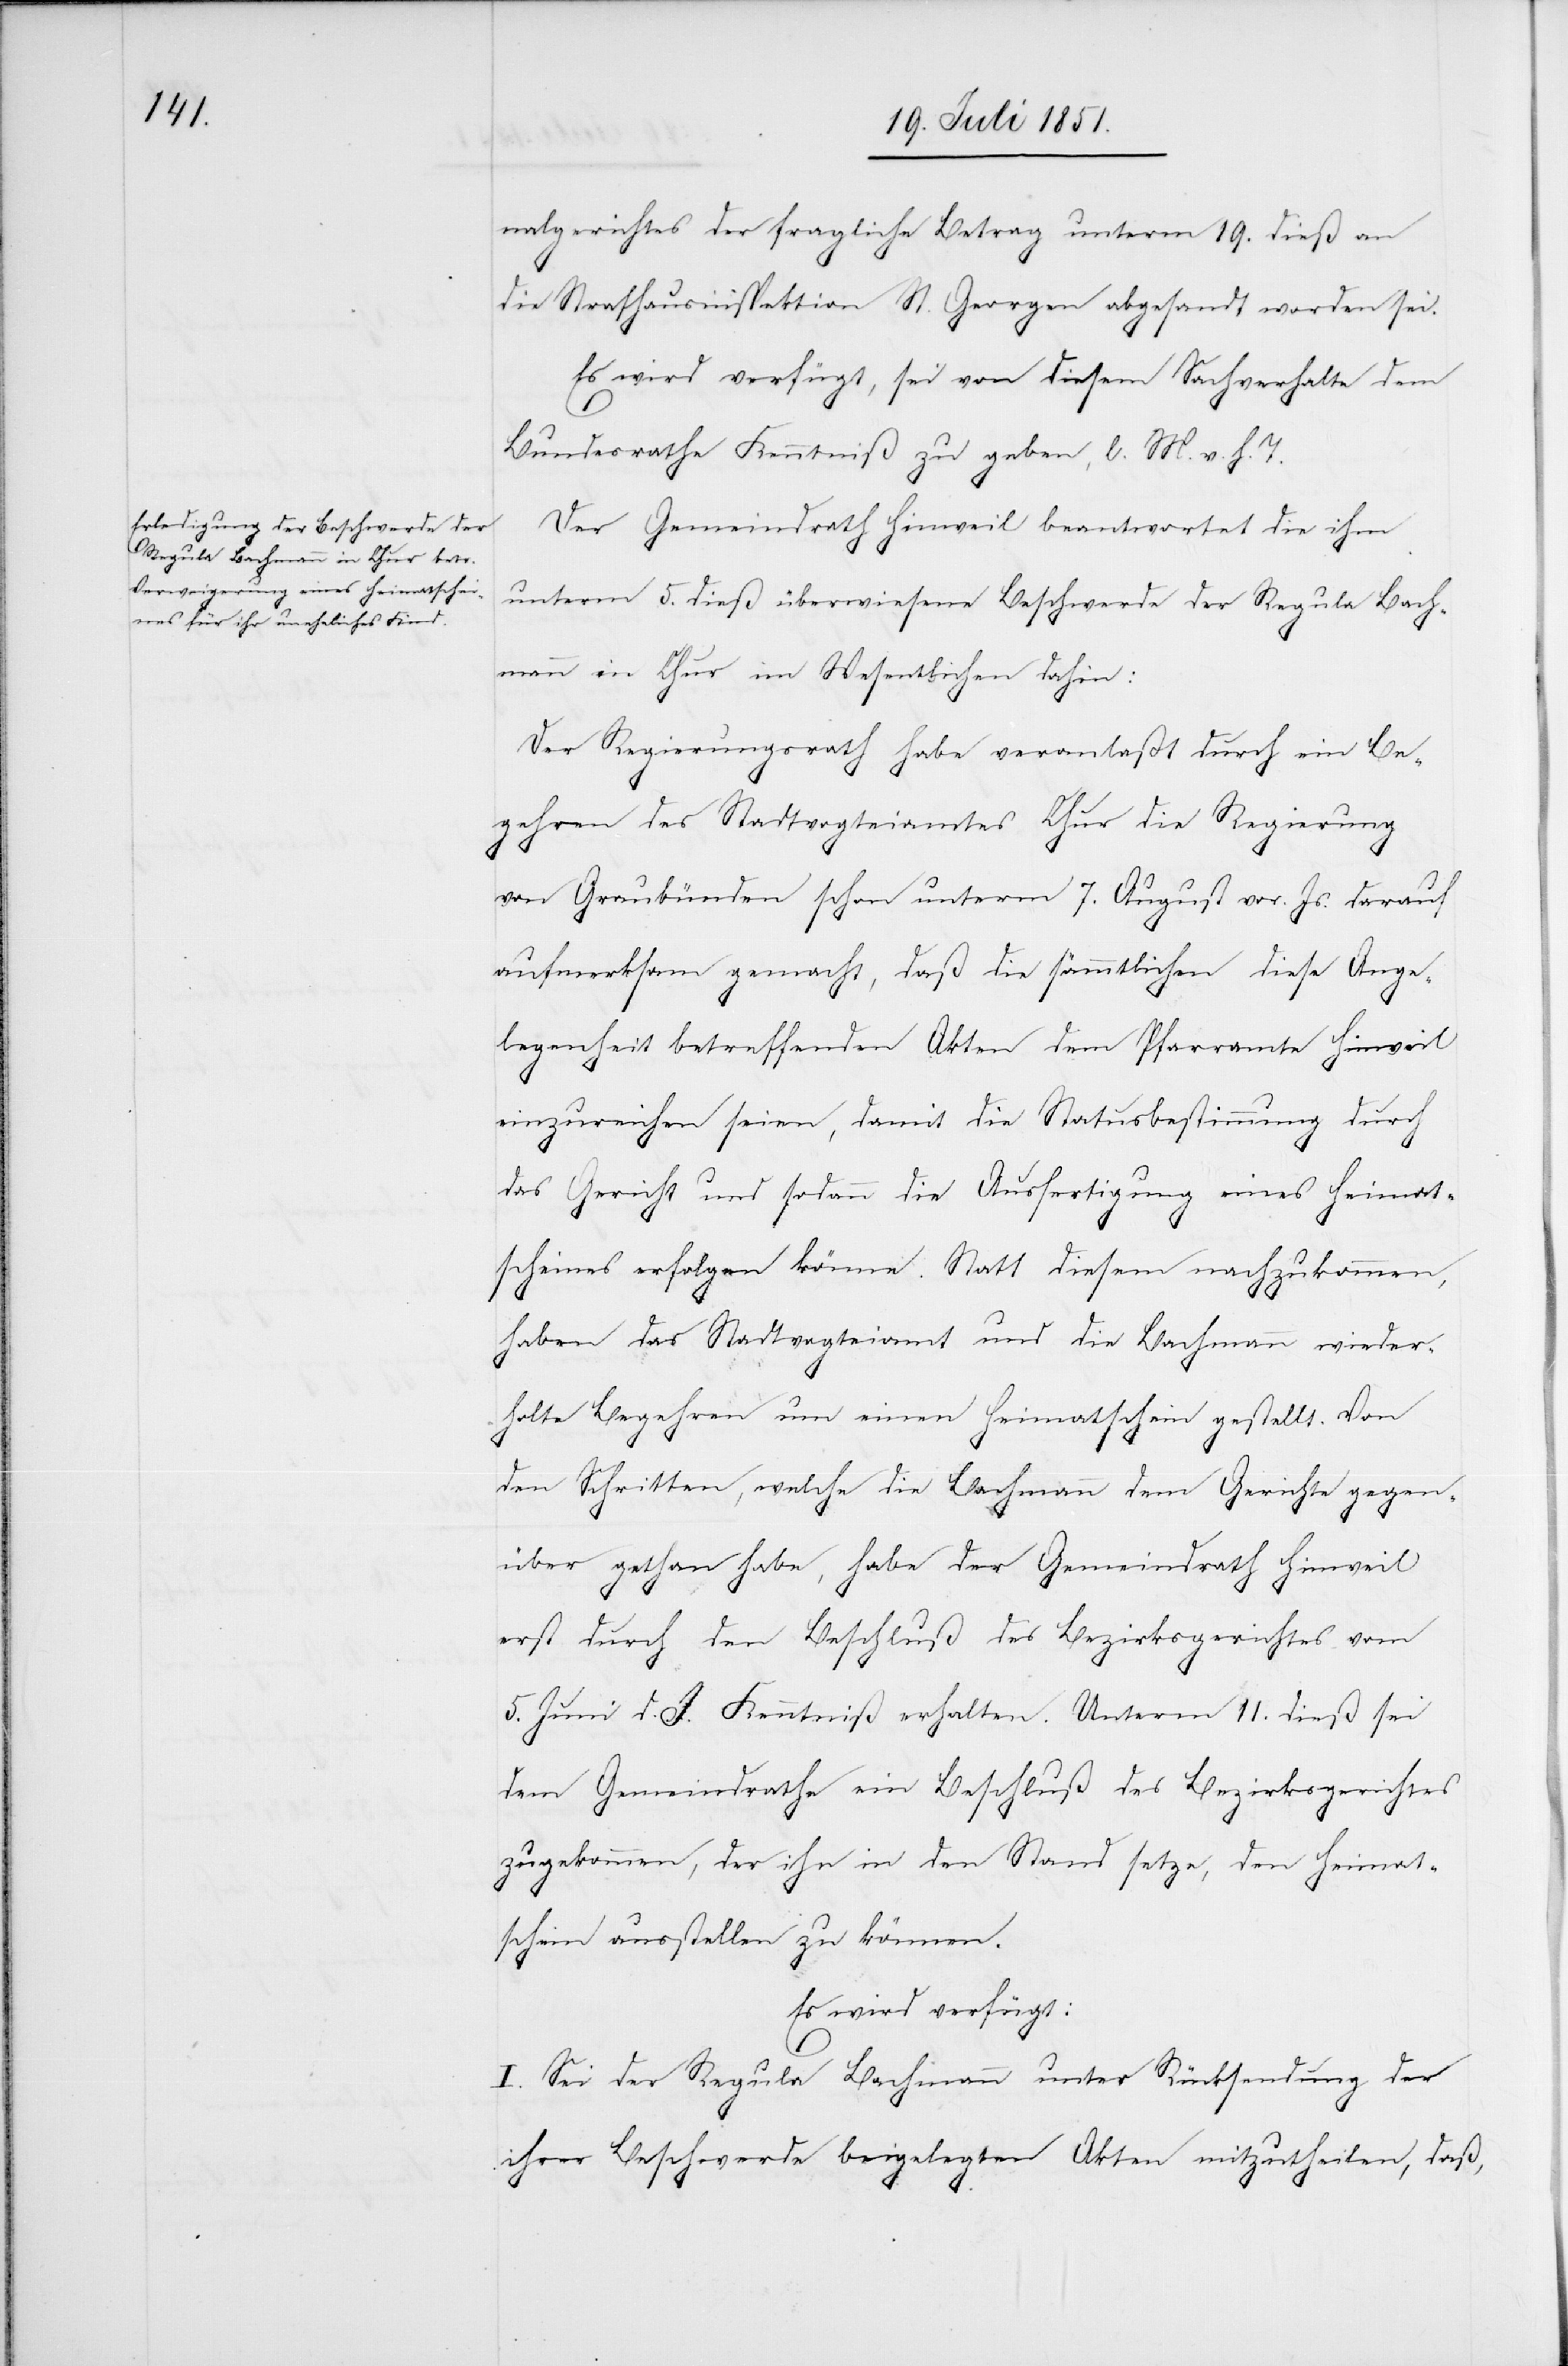
nalgerichtes der fragliche Betrag unterm 19. dieß an
die Strafhausinspektion St. Georgen abgesandt worden sei.
Es wird verfügt, sei von diesem Sachverhalte dem
Bundesrathe Kenntniß zu geben, l. M. v. h. T.
Der Gemeindrath Hinweil beantwortet die ihm
unterm 5. dieß überwiesene Beschwerde der Regula Bach¬
mann in Chur im Wesentlichen dahin:
Der Regierungsrath habe veranlaßt durch ein Be¬
gehren des Stadtvogteiamtes Chur die Regierung
von Graubünden schon unterm 7. August vor. Js. darauf
aufmerksam gemacht, daß die sämmtlichen diese Ange¬
legenheit betreffenden Akten dem Pfarramte Hinweil
einzureichen seien, damit die Statusbestimmung durch
das Gericht und sodann die Ausfertigung eines Heimat¬
scheines erfolgen könne. Statt diesem nachzukommen,
haben das Stadtvogteiamt und die Bachmann wieder¬
holte Begehren um einen Heimatschein gestellt. Von
den Schritten, welche die Bachmann dem Gerichte gegen¬
über gethan habe, habe der Gemeindrath Hinweil
erst durch den Beschluß des Bezirksgerichtes vom
5. Juni d. J. Kenntniß erhalten. Unterm 11. dieß sei
dem Gemeindrathe ein Beschluß des Bezirksgerichtes
zugekommen, der ihn in den Stand setze, den Heimat¬
schein ausstellen zu können.
Es wird verfügt:
I. Sei der Regula Bachmann unter Rücksendung der
ihrer Beschwerde beigelegten Akten mitzutheilen, daß,